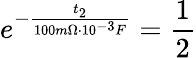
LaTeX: e^{-\frac{t_{2}}{100m\Omega\cdot 10^{-3}F}}=\frac{1}{2}